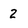
Character: 2